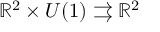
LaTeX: \mathbb { R } ^ { 2 } \times U ( 1 ) \rightrightarrows \mathbb { R } ^ { 2 }